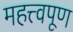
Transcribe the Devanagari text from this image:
महत्त्वपूण